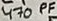
Text: 470 PF